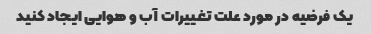
یک فرضیه در مورد علت تغییرات آب و هوایی ایجاد کنید